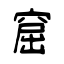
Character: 窟